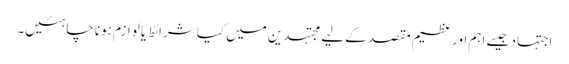
اجتہاد جیسے اہم اور عظیم مقصد کے لیے مجتہدین میں کیا شرائط یا لوازم ہونا چاہئیں۔